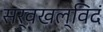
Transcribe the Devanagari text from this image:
सर्वखल्विदं